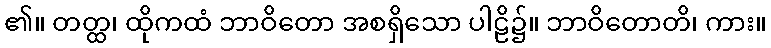
၏။ တတ္ထ၊ ထိုကထံ ဘာဝိတော အစရှိသော ပါဠိ၌။ ဘာဝိတောတိ၊ ကား။